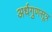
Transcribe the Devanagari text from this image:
अर्धगुणसूत्र